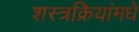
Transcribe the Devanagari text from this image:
शस्त्रक्रियांमधे